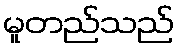
မူတည်သည်